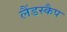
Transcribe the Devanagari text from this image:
लैंडस्कैप